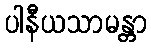
ပါနီယသာမန္တာ